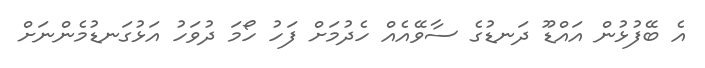
އެ ބޭފުޅުން އައްޑޫ ދަނޑުގެ ސާވޭއެއް ހެދުމަށް ފަހު ހޯމަ ދުވަހު އަޅުގަނޑުމެންނަށް